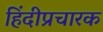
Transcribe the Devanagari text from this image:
हिंदीप्रचारक